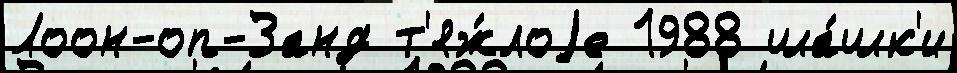
Лоон-оп-Занд т'яж́лоjе 1988 ша́шк'и